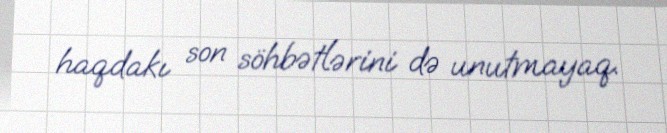
haqdakı son söhbətlərini də unutmayaq.